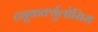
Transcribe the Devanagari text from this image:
ट्यूकर्क्युलोसिस